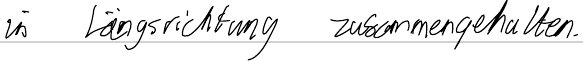
in Längsrichtung zusammengehalten.